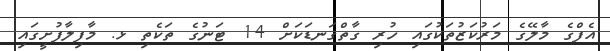
އެފްގެ މާލޭގެ މަރުކަޒުތަކުގައި ހުރި ގާތްގަނޑަކަށް 14 ޓަނުގެ ތަކެތި ޅ. މާފިލާފުށީގައި